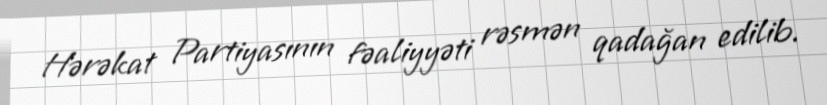
Hərəkat Partiyasının fəaliyyəti rəsmən qadağan edilib.